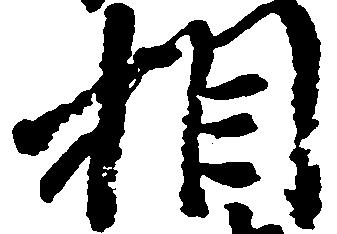
相